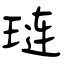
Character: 琏